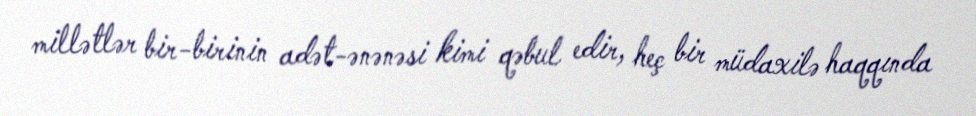
millətlər bir-birinin adət-ənənəsi kimi qəbul edir, heç bir müdaxilə haqqında